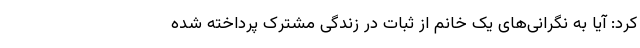
کرد: آیا به نگرانی‌های یک خانم از ثبات در زندگی مشترک پرداخته شده